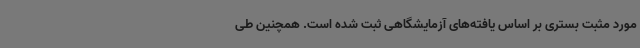
مورد مثبت بستری بر اساس یافته‌های آزمایشگاهی ثبت شده است. همچنین طی